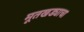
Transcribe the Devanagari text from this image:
मूतखड्याचा